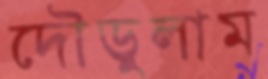
দৌড়ুলাম